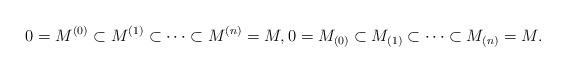
LaTeX: \begin{align*} 0 = M^{(0)}\subset M^{(1)} \subset \cdots \subset M^{(n)} = M,0 = M_{(0)}\subset M_{(1)} \subset \cdots \subset M_{(n)} = M.\end{align*}